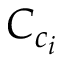
C _ { c _ { i } }